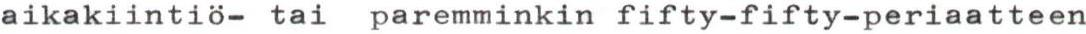
aikakiintiö- tai paremminkin fifty-fifty-periaatteen